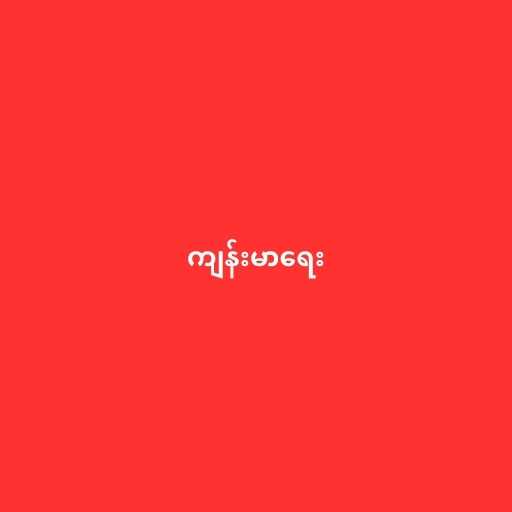
ကျန်းမာရေး